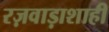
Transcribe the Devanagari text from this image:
रज़वाड़ाशाही